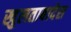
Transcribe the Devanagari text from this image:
खुलताबादेस